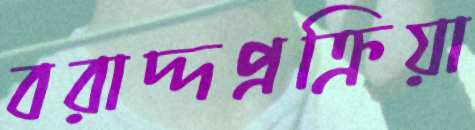
বরাদ্দপ্রক্রিয়া